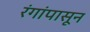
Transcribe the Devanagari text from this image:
रंगांपासून